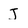
Character: j